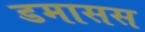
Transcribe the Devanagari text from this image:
डमासस